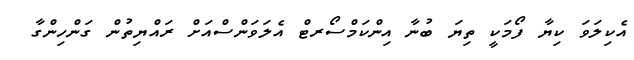
އެކިލަވަ ކިޔާ ފޯމަކީ ތިޔަ ބުނާ އިންކަމްސޯރޓް އެލަވަންސްއަށް ރައްޔިތުން ގަންހިންގާ